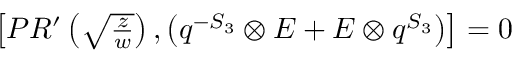
\begin{array} { c } { { \left[ P R ^ { \prime } \left( \sqrt { \frac { z } { w } } \right) , \left( q ^ { - S _ { 3 } } \otimes E + E \otimes q ^ { S _ { 3 } } \right) \right] = 0 } } \end{array}